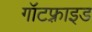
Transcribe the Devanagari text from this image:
गॉटफ़्राइड